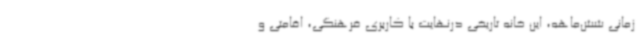
زمانی شش‌ماهه، این خانه تاریخی درنهایت با کاربری فرهنگی، اقامتی و